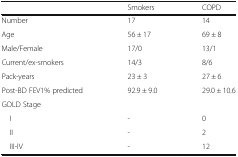
|  | Smokers | COPD |
 | --- | --- | --- |
 | Number | 17 | 14 |
 | Age | 56 ± 17 | 69 ± 8 |
 | Male/Female | 17/0 | 13/1 |
 | Current/ex-smokers | 14/3 | 8/6 |
 | Pack-years | 23 ± 3 | 27 ± 6 |
 | Post-BD FEV1% predicted | 92.9 ± 9.0 | 29.0 ± 10.6 |
 | GOLD Stage |  |  |
 | I | - | 0 |
 | II | - | 2 |
 | III-IV | - | 12 |